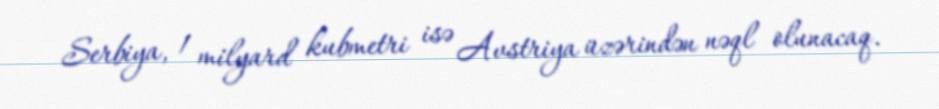
Serbiya, 1 milyard kubmetri isə Avstriya üzərindən nəql olunacaq.